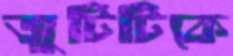
জুটিটিকে